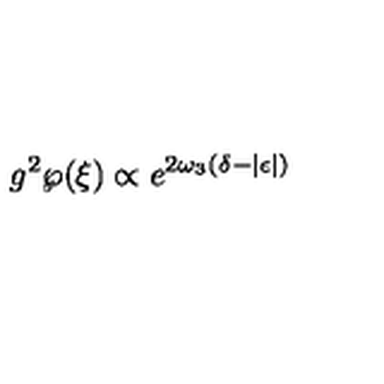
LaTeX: g ^ { 2 } \wp ( \xi ) \propto e ^ { 2 \omega _ { 3 } ( \delta - | \epsilon | ) }